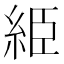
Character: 䋗